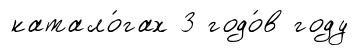
катало́гах 3 годо́в году